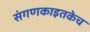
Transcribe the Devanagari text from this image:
संगणकाइतकेच